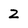
Character: 2